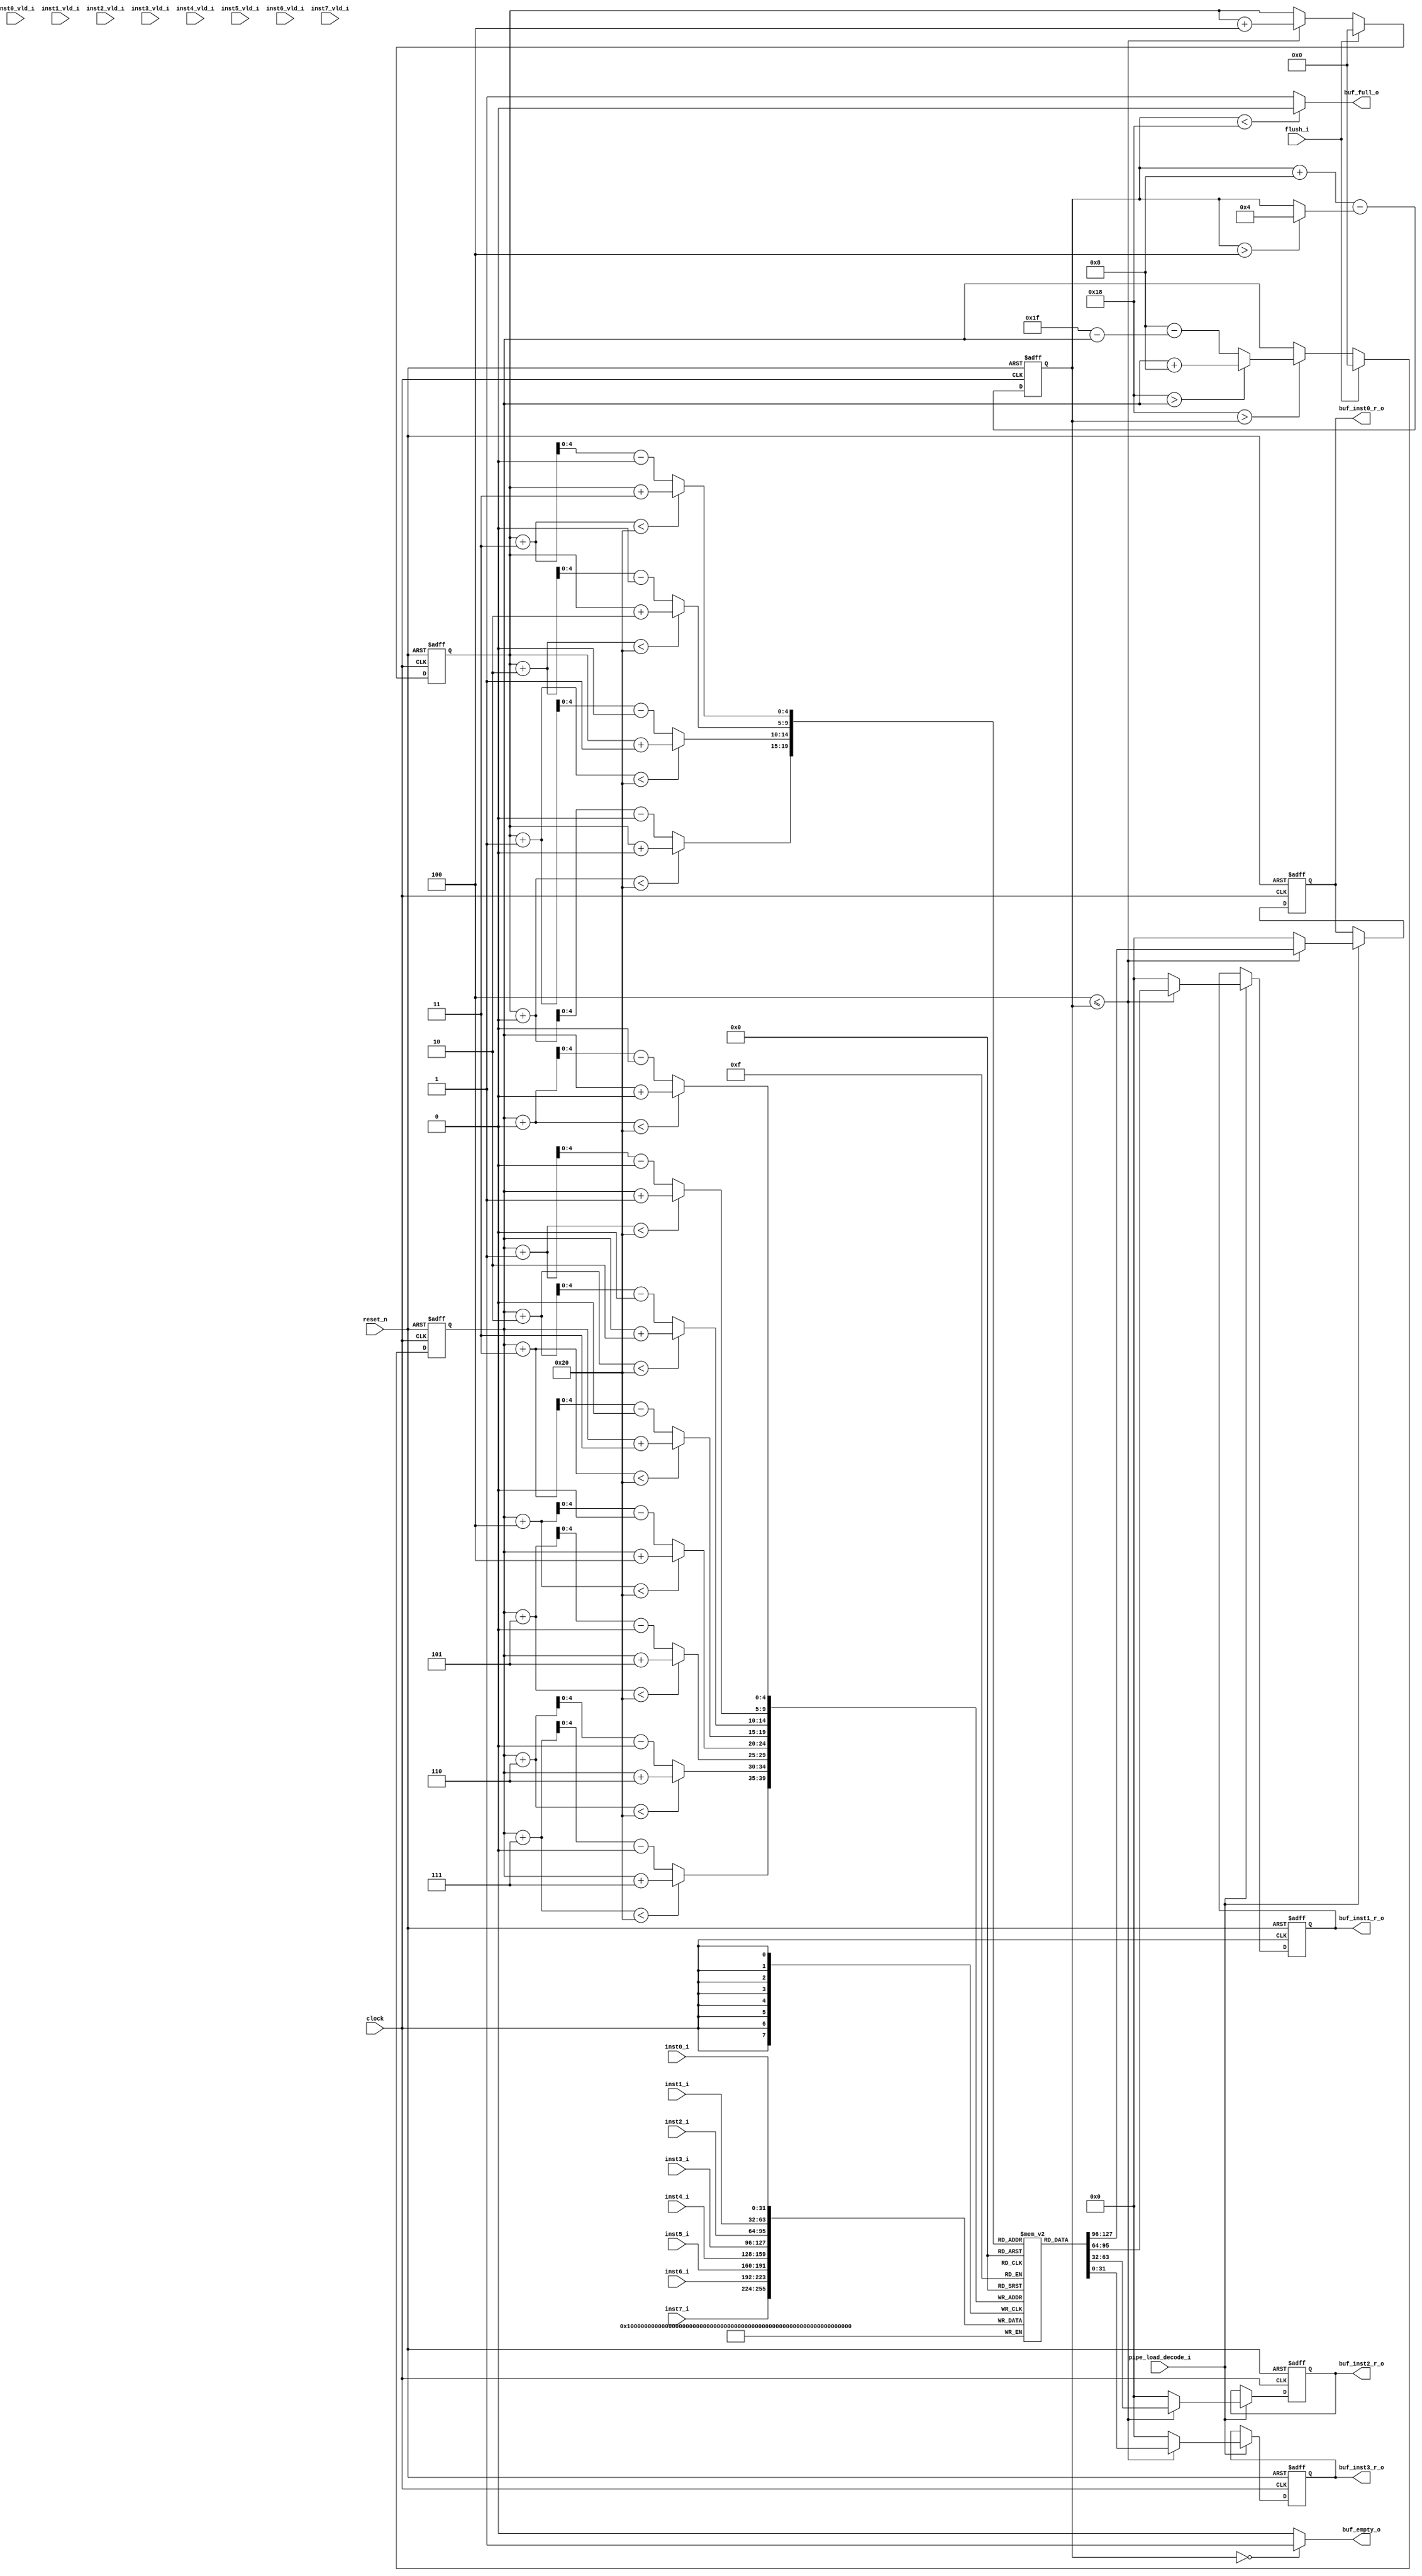
module inst_buf(	
  // inputs
  input	 wire         clock,
  input	 wire         reset_n,
  input	 wire         flush_i,
  input  wire         pipe_load_decode_i,
  input  wire [31:0]  inst0_i,
  input  wire [31:0]  inst1_i,
  input  wire [31:0]  inst2_i,
  input  wire [31:0]  inst3_i,
  input  wire [31:0]  inst4_i,
  input  wire [31:0]  inst5_i,
  input  wire [31:0]  inst6_i,
  input  wire [31:0]  inst7_i,
  input  wire         inst0_vld_i,
  input  wire         inst1_vld_i,
  input  wire         inst2_vld_i,
  input  wire         inst3_vld_i,
  input  wire         inst4_vld_i,
  input  wire         inst5_vld_i,
  input  wire         inst6_vld_i,
  input  wire         inst7_vld_i,
  // outputs
  output wire [31:0]  buf_inst0_r_o,
  output wire [31:0]  buf_inst1_r_o,
  output wire [31:0]  buf_inst2_r_o,
  output wire [31:0]  buf_inst3_r_o,
  output wire         buf_full_o,
  output wire         buf_empty_o
);

  // internal storage
  reg  [31:0] buf_entry [31:0];
  reg  [31:0] buf_entry_vld;

  reg  [ 4:0] write_ptr;
  reg  [ 4:0] read_ptr;

  reg  [ 5:0] buffer_inst_num;

  wire [ 7:0] vld_inst_array;
  wire [ 5:0] output_inst_num;

  wire [31:0] buf_inst0_o;
  wire [31:0] buf_inst1_o;
  wire [31:0] buf_inst2_o;
  wire [31:0] buf_inst3_o;
                        
  // valid inbuf_full_o struction in current instruction bundle.
  assign vld_buf_empty_oinst_array ={inst7_vld_i,inst6_vld_i,inst5_vld_i,inst4_vld_i,
                          inst3_vld_i,inst2_vld_i,inst1_vld_i,inst0_vld_i};

  // total ouput instruction number in current cycle.
  assign output_inst_num = (buffer_inst_num > 4) ? 4 : buffer_inst_num;

  // total instruction number in the instruction buffer.
  always @ (posedge clock or negedge reset_n) 
  begin
      if(!reset_n)
          buffer_inst_num <= 6'b000000;
      else
          buffer_inst_num <= buffer_inst_num + 8 - output_inst_num;
  end

  // instruction buffer write pointer register
  always @ (posedge clock or negedge reset_n) 
  begin
      if(!reset_n)
          write_ptr <= 5'b00000;
      else if (flush_i)
          write_ptr <= 5'b00000;
      else if (24 > buffer_inst_num) 
          if(24 > write_ptr) 
              // write pointer needn't cross boundary
              write_ptr <= write_ptr + 8;
          else 
              // write pointer cross boundary
              write_ptr <= 8 - (31 - write_ptr);
      else 
          // instruction buffer is almost full and can't afford new instruction bundles
          // fetch stage should be stalled
          write_ptr <= write_ptr;
  end

  // instruction buffer main entry and valid bit register.
  // instruction buffer entry valid bit.
  integer i;
  always @ (posedge clock or negedge reset_n) 
  begin : buf_valid_bit_block
      if(!reset_n)
        for (i=0; i<32; i=i+1)
          buf_entry_vld[i] <= 1'b0;
      else if (flush_i)
        for (i=0; i<32; i=i+1)
          buf_entry_vld[i] <= 1'b0;
      else
        for (i=0; i < 8; i=i+1)
          buf_entry_vld[nxt_ptr(i,write_ptr)] <= vld_inst_array[i];
  end
  // instruction buffer main block.
  integer ii;
  always @ (posedge clock) 
  begin : buf_write_block
    for (ii=0; ii < 8; ii=ii+1)
    begin
      case(ii)
        0 : buf_entry[nxt_ptr(ii,write_ptr)] <= inst0_i; 
        1 : buf_entry[nxt_ptr(ii,write_ptr)] <= inst1_i; 
        2 : buf_entry[nxt_ptr(ii,write_ptr)] <= inst2_i; 
        3 : buf_entry[nxt_ptr(ii,write_ptr)] <= inst3_i; 
        4 : buf_entry[nxt_ptr(ii,write_ptr)] <= inst4_i; 
        5 : buf_entry[nxt_ptr(ii,write_ptr)] <= inst5_i; 
        6 : buf_entry[nxt_ptr(ii,write_ptr)] <= inst6_i; 
        7 : buf_entry[nxt_ptr(ii,write_ptr)] <= inst7_i; 
      default:;
      endcase
    end
  end

  // instruction buffer read pointer register
  always @ (posedge clock or negedge reset_n) 
  begin
    if(!reset_n)
      read_ptr <= 5'b00000;
    else if (flush_i)
      read_ptr <= 5'b00000;
    else if (4 <= buffer_inst_num)
      read_ptr <= read_ptr + 4;
    else
      read_ptr <= read_ptr;
  end

  // instruction buffer read block
  assign buf_inst0_o = (4 <= buffer_inst_num) ?  buf_entry[nxt_ptr(0,read_ptr)] : 32'h0;
  assign buf_inst1_o = (4 <= buffer_inst_num) ?  buf_entry[nxt_ptr(1,read_ptr)] : 32'h0;
  assign buf_inst2_o = (4 <= buffer_inst_num) ?  buf_entry[nxt_ptr(2,read_ptr)] : 32'h0;
  assign buf_inst3_o = (4 <= buffer_inst_num) ?  buf_entry[nxt_ptr(3,read_ptr)] : 32'h0;

  assign buf_full_o  = (buffer_inst_num < 24) ? 1'b0 : 1'b1; // less than entry entry empty
  assign buf_empty_o = (buffer_inst_num == 0) ? 1'b1 : 1'b0;
  // pipe register between instruction buffer and decode
  always @ (posedge clock or negedge reset_n)
  begin
      if(!reset_n)
      begin
          buf_inst0_r_o <= 32'b0;
          buf_inst1_r_o <= 32'b0;
          buf_inst2_r_o <= 32'b0;
          buf_inst3_r_o <= 32'b0;
      end
      else if(pipe_load_decode_i) 
      begin
          buf_inst0_r_o <= buf_inst0_o;
          buf_inst1_r_o <= buf_inst1_o;
          buf_inst2_r_o <= buf_inst2_o;
          buf_inst3_r_o <= buf_inst3_o;
      end
  end
  ////////////////////////////////////////////////////////////////////
  // Functions used in current module
  //
  // circular buffer write pointer generator
  function [5:0] nxt_ptr;
      input [5:0] k;
      input [5:0] cur_ptr;
      begin
          if(cur_ptr + k < 32)
              nxt_ptr = cur_ptr + k;
          else
              nxt_ptr = cur_ptr + k - 32;
      end
  endfunction

endmodule